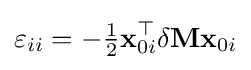
\varepsilon _{ii}=-{\tfrac {1}{2}}\mathbf {x} _{0i}^{\top }\delta \mathbf {M} \mathbf {x} _{0i}